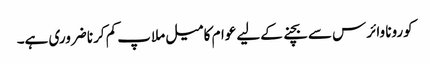
کورونا وائرس سے بچنے کےلیے عوام کا میل ملاپ کم کرنا ضروری ہے۔